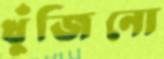
খুঁজিনো